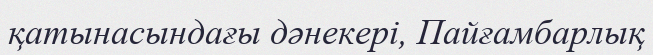
қатынасындағы дәнекері, Пайғамбарлық